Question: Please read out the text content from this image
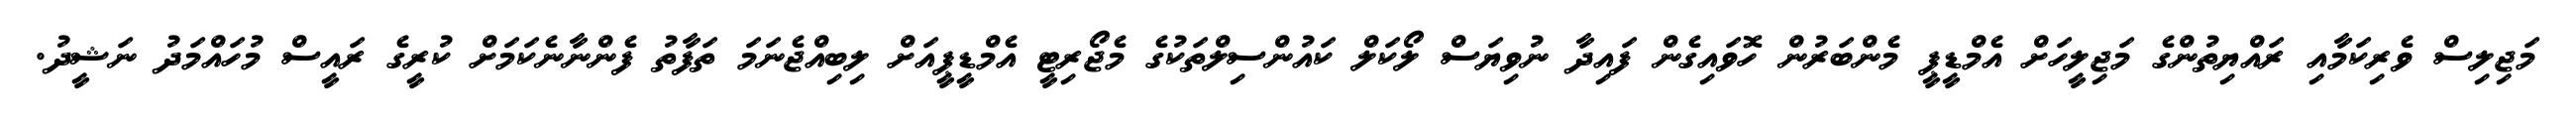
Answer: މަޖިލިސް ވެރިކަމާއި ރައްޔިތުންގެ މަޖިލީހަށް އެމްޑީޕީ މެންބަރުން ހޮވައިގެން ފައިދާ ނުވިޔަސް ލޯކަލް ކައުންސިލްތަކުގެ މެޖޯރިޓީ އެމްޑީޕީއަށް ލިބިއްޖެނަމަ ތަފާތު ފެންނާނެކަމަށް ކުރީގެ ރައީސް މުހައްމަދު ނަޝީދު.